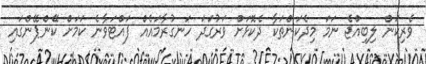
ވެރިކަން ލިބިއްޖެ ނަމަ މިދެކަންތަކާ ދެކޮޅަށް ވަރުގަދަ ހަނގުރާމައެއް ފައްޓަވާނެ ކަމަށް ކޭންޕޭންގައި